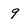
Character: 9